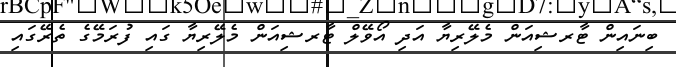
ބިނައިން ޓާރޝިއަން މެލޭރިޔާ އަދި އޯވޭލް ޓާރޝިއަން މެލޭރިޔާ ގައި ފުރަމޭގެ ތެރޭގައި